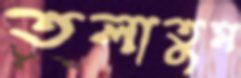
তলাতুম